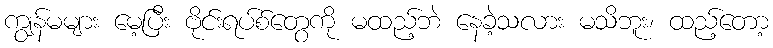
ကျွန်မများ မေ့ပြီး ဗိုင်းရပ်စ်တွေကို မထည့်ဘဲ နေခဲ့သလား မသိဘူး၊ ထည့်တော့